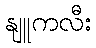
နျူကလီး